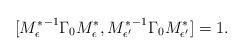
LaTeX: \begin{align*}[{M^*_\epsilon}^{-1}\Gamma_{0}{M^*_\epsilon},{M^*_{\epsilon'}}^{-1}\Gamma_{0}{M^*_{\epsilon'}}]=1.\end{align*}